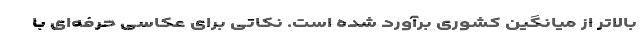
بالاتر از میانگین کشوری برآورد شده است. نکاتی برای عکاسی حرفه‌ای با